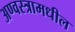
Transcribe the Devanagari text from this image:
अण्वस्त्रामधील